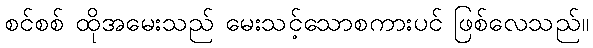
စင်စစ် ထိုအမေးသည် မေးသင့်သောစကားပင် ဖြစ်လေသည်။